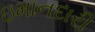
ઇમાનદારી